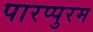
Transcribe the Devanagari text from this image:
पारप्पुरम